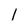
Character: l